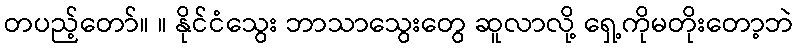
တပည့်တော်။ ။ နိုင်ငံသွေး ဘာသာသွေးတွေ ဆူလာလို့ ရှေ့ကိုမတိုးတော့ဘဲ